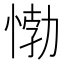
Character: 𰑰